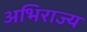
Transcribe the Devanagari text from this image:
अभिराज्य